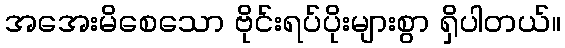
အအေးမိစေသော ဗိုင်းရပ်ပိုးများစွာ ရှိပါတယ်။